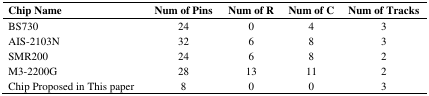
<table><thead><tr><td><b>Chip Name</b></td><td><b>Num of Pins</b></td><td><b>Num of R</b></td><td><b>Num of C</b></td><td><b>Num of Tracks</b></td></tr></thead><tbody><tr><td>BS730</td><td>24</td><td>0</td><td>4</td><td>3</td></tr><tr><td>AIS-2103N</td><td>32</td><td>6</td><td>8</td><td>3</td></tr><tr><td>SMR200</td><td>24</td><td>6</td><td>8</td><td>2</td></tr><tr><td>M3-2200G</td><td>28</td><td>13</td><td>11</td><td>2</td></tr><tr><td>Chip Proposed in This paper</td><td>8</td><td>0</td><td>0</td><td>3</td></tr></tbody></table>